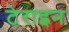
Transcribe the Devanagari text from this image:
टेराइन